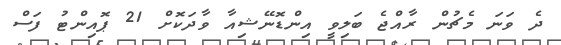
ދެ ވަނަ މެޗުން ރާއްޖެ ބަލިވީ އިންޑޮނޭޝިއާ ވާދަކޮށް 21 ޕޮއިންޓު ފަސް